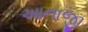
આનાજી